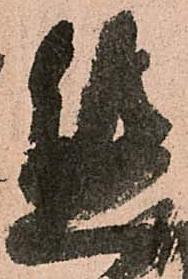
態